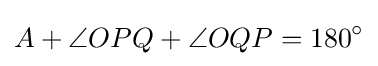
A+\angle OPQ+\angle OQP=180^{\circ }